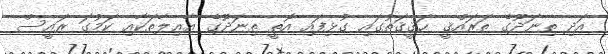
އަދި ތިނަދޫގެ ތަރައްޤީ ޙަޤީޤަތުގައި ގުޅިފައި އޮތީ ތިނަދޫގެ އާޢިލާތަކާއި ކަމުގަ ރައީސް